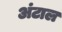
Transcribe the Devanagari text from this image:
अंटाल